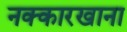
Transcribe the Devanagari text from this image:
नक्कारखाना